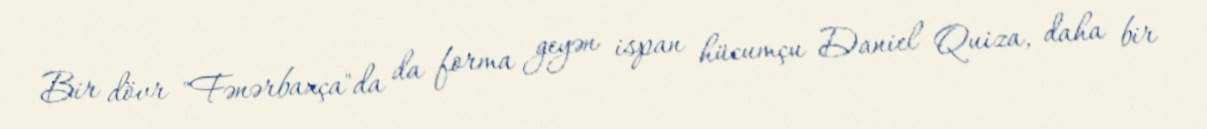
Bir dövr "Fənərbaxça"da da forma geyən ispan hücumçu Daniel Quiza, daha bir